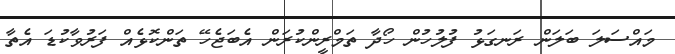
މައްސަލަ ބަލަން ރަނގަޅު ފުލުހުން ހޯދާ ތަމްރީންކުރަން އެބަޖެހޭ ތަންކޮޅެއް ފަރުވާކުޑަ އެތާ